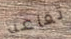
تقاعد